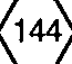
(144)